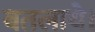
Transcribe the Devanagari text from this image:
बतलाये।